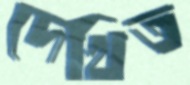
দেখিত